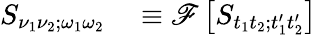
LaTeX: \begin{array}{rl}{S_{\nu_{1}\nu_{2};\omega_{1}\omega_{2}}}&{{}\equiv\mathscr{F}\left[S_{t_{1}t_{2};t_{1}^{\prime}t_{2}^{\prime}}\right]}\end{array}